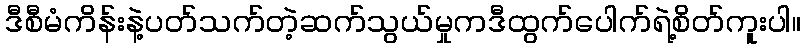
ဒီစီမံကိန်းနဲ့ပတ်သက်တဲ့ဆက်သွယ်မှုကဒီထွက်ပေါက်ရဲ့စိတ်ကူးပါ။